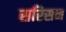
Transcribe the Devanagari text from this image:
सरिसन